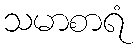
သမာစာရံ